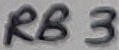
Text: RB3